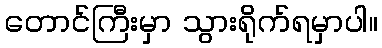
တောင်ကြီးမှာ သွားရိုက်ရမှာပါ။